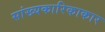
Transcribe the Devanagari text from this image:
सांख्यकारिकाकार